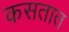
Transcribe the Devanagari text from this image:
कसतात